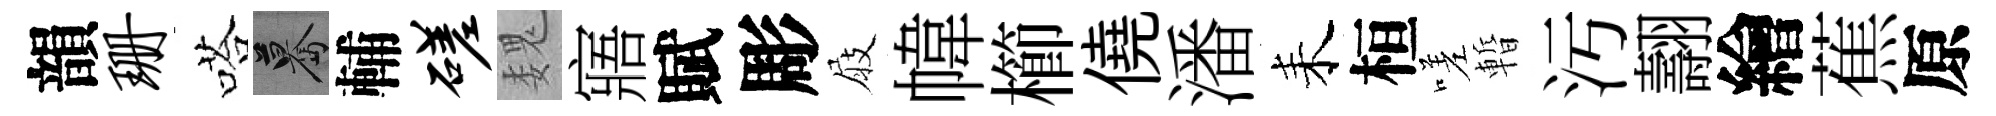
韻珊嗒驀輔磋魏寤賦彫屐幃櫛僥潘耒桓嗟暫污翿繪蕉原